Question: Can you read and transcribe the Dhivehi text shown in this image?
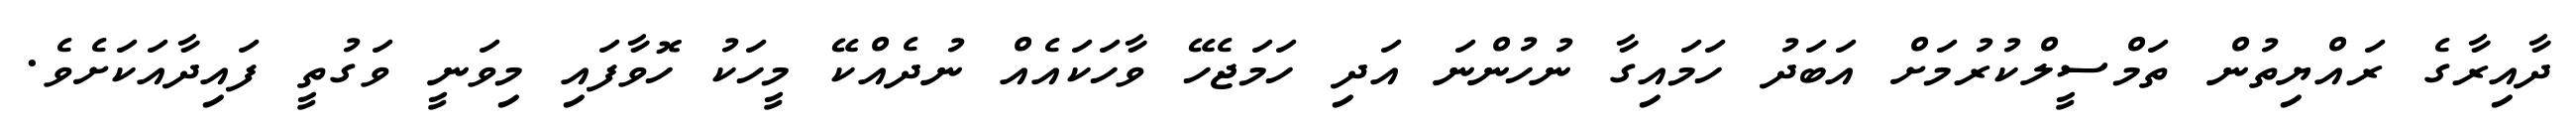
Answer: ދާއިރާގެ ރައްޔިތުން ތަމްސީލްކުރުމަށް އަބަދު ހަމައިގާ ނުހުންނަ އަދި ހަމަޖެހޭ ވާހަކައެއް ނުދެއްކޭ މީހަކު ހޮވާފައި މިވަނީ ވަގުތީ ފައިދާއަކަށެވެ.